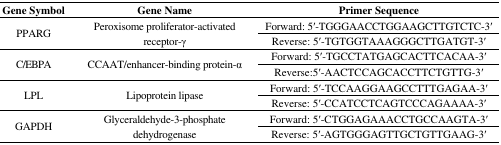
| Gene Symbol | Gene Name | Primer Sequence |
 | --- | --- | --- |
 | <ROWSPAN=2> PPARG | <ROWSPAN=2> Peroxisome proliferator-activated receptor-γ | Forward: 5′-TGGGAACCTGGAAGCTTGTCTC-3′ |
 | Reverse: 5′-TGTGGTAAAGGGCTTGATGT-3′ |
 | <ROWSPAN=2> C/EBPA | <ROWSPAN=2> CCAAT/enhancer-binding protein-α | Forward: 5′-TGCCTATGAGCACTTCACAA-3′ |
 | Reverse:5′-AACTCCAGCACCTTCTGTTG-3′ |
 | <ROWSPAN=2> LPL | <ROWSPAN=2> Lipoprotein lipase | Forward: 5′-TCCAAGGAAGCCTTTGAGAA-3′ |
 | Reverse: 5′-CCATCCTCAGTCCCAGAAAA-3′ |
 | <ROWSPAN=2> GAPDH | <ROWSPAN=2> Glyceraldehyde-3-phosphate dehydrogenase | Forward: 5′-CTGGAGAAACCTGCCAAGTA-3′ |
 | Reverse: 5′-AGTGGGAGTTGCTGTTGAAG-3′ |